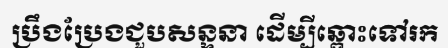
ប្រឹងប្រែងជួបសន្ទនា ដើម្បីឆ្ពោះទៅរក